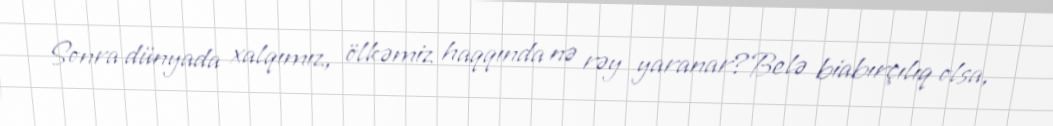
Sonra dünyada xalqımız, ölkəmiz haqqında nə rəy yaranar?Belə biabırçılıq olsa,